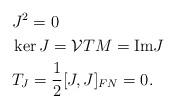
LaTeX: \begin{align*}&J^2 =0 \\&\ker J=\mathcal{V}TM =\mathrm{Im}J\\&T_J=\frac{1}{2}[J,J]_{FN}=0.\end{align*}